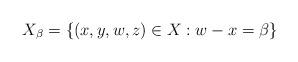
LaTeX: \begin{align*}X_\beta = \{ (x,y,w,z) \in X : w-x = \beta \}\end{align*}